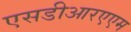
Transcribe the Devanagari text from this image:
एसडीआरएएम